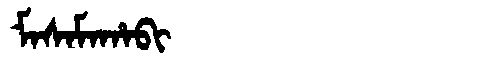
Manchu: ᠮᠠᠰᠠᠮᠠᡥᠠᠪᡳ
Romanization: MASAMAHABI